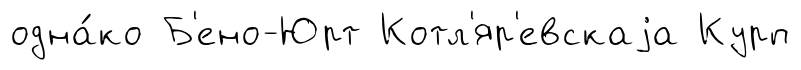
одна́ко Б'ено-Юрт Котл'яр'евскаjа Курп